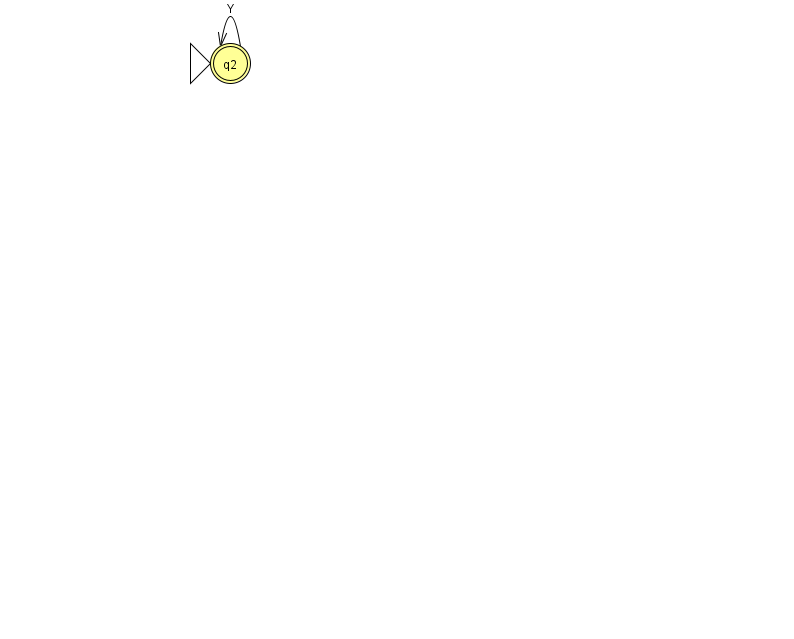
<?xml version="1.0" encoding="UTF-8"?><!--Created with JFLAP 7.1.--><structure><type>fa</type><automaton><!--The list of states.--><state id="2" name="q2"><x>230.0</x><y>50.0</y><initial/><final/></state><!--The list of transitions.--><transition><from>2</from><to>2</to><read>Y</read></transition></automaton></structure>